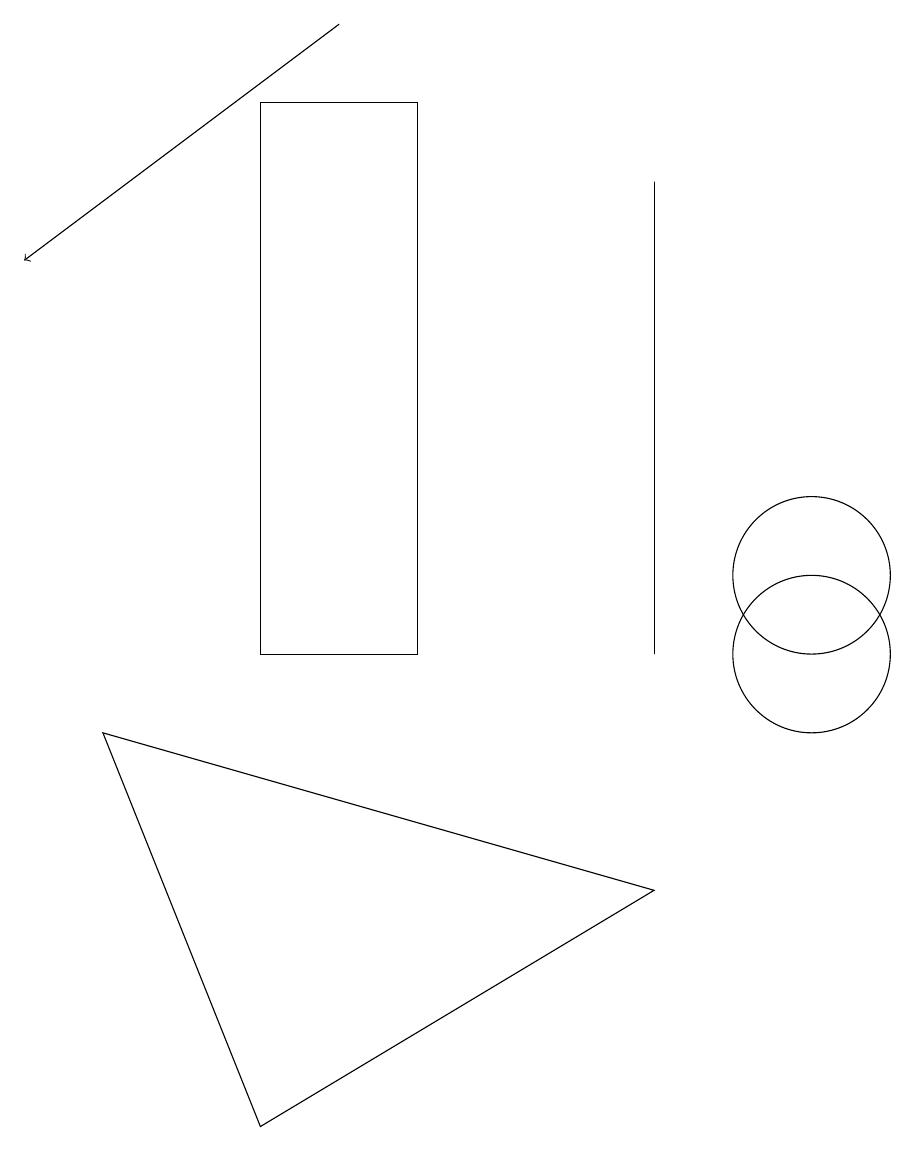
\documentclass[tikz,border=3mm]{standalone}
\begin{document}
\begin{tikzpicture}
\draw (10,11) circle (1);
\draw (10,10) circle (1);
\draw (1,9) -- (3,4) -- (8,7) -- cycle;
\draw[->] (4,18) -- (0,15);
\draw (5,10) rectangle (3,17);
\draw (8,10) rectangle (8,16);
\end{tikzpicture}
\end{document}